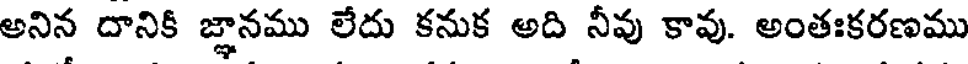
అనిన దానికీ జ్ఞానము లేదు కనుక అది నీవు కావు. అంతఃకరణము